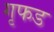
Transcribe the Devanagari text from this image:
गृफड